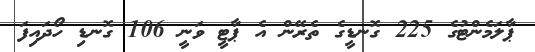
ޕާލަމެންޓުގެ 225 ގޮނޑީގެ ތެރޭން އެ ޕާޓީ ވަނީ 106 ގޮނޑި ހޯދައިފަ